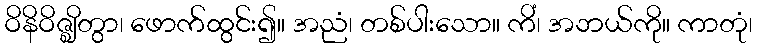
ဝိနိဝိဇ္ဈိတွာ၊ ဖောက်ထွင်း၍။ အညံ၊ တစ်ပါးသော။ ကိံ၊ အဘယ်ကို။ ကာတုံ၊